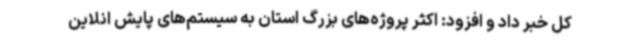
کل خبر داد و افزود: اکثر پروژه‌های بزرگ استان به سیستم‌های پایش انلاین